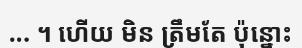
... ។ ហើយ មិន ត្រឹមតែ ប៉ុន្នោះ